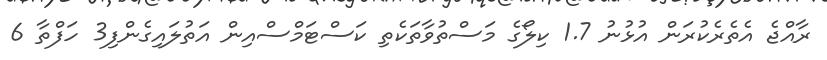
ރާއްޖެ އެތެރެކުރަން އުޅުނު 1.7 ކިލޯގެ މަސްތުވާތަކެތި ކަސްޓަމްސްއިން އަތުލައިގެންފި3 ހަފްތާ 6